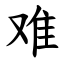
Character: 难